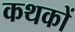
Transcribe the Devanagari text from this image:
कथकों